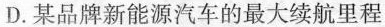
D.某品牌新能源汽车的最大续航里程